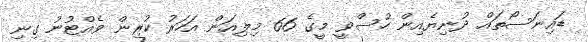
ޑައިނަސޯތައް ދުނިޔެއިން ހުސްވީ މީގެ 66 މިލިއަން އަހަރު ކުރިން ވެއްޓުނު ގިނި